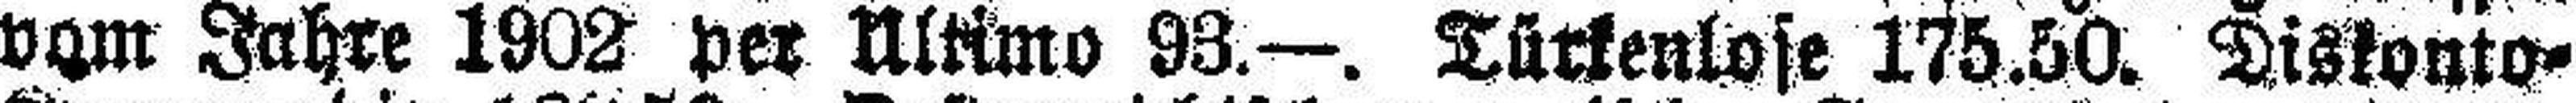
vom Jahre 1902 per Ultimo 93.—. Türkenlose 175.50. Diskonto¬